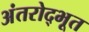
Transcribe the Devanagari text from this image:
अंतरोद्भूत